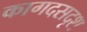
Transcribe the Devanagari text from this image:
कागदसदृश